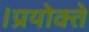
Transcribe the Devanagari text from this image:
।प्रयोक्ते